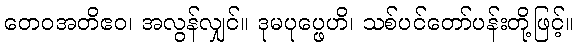
တေဝအတိဧဝ၊ အလွန်လျှင်။ ဒုမပုပ္ဖေဟိ၊ သစ်ပင်တော်ပန်းတို့ဖြင့်။